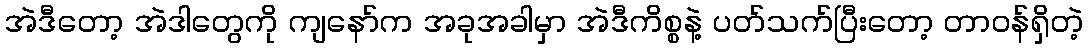
အဲဒီတော့ အဲဒါတွေကို ကျနော်က အခုအခါမှာ အဲဒီကိစ္စနဲ့ ပတ်သက်ပြီးတော့ တာဝန်ရှိတဲ့